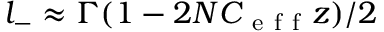
l _ { - } \approx \Gamma ( 1 - 2 N C _ { \mathrm { ~ e ~ f ~ f ~ } } z ) / 2